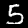
Digit: 5